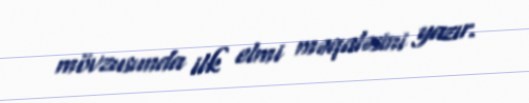
mövzusunda ilk elmi məqaləsini yazır.